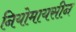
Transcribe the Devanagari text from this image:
नियोमायसीन